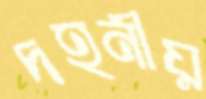
দহনীয়